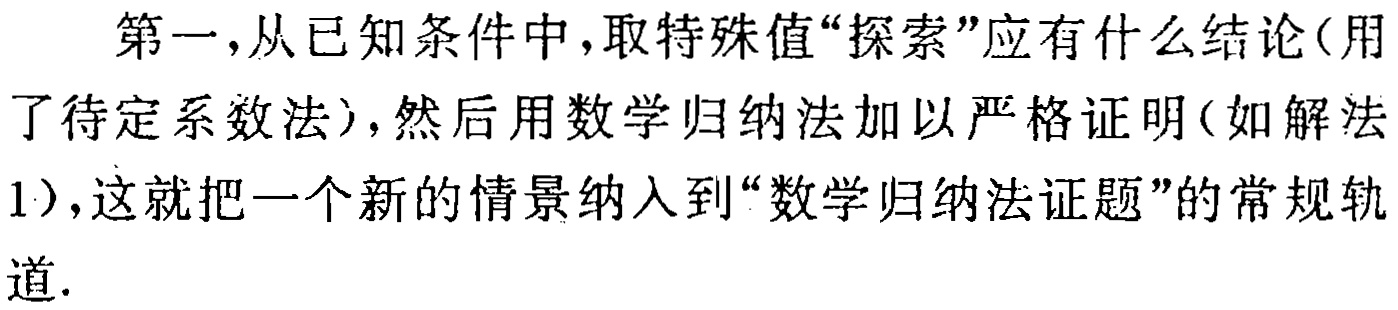
第一，从已知条件中，取特殊值“探索”应有什么结论(用了待定系数法)，然后用数学归纳法加以严格证明(如解法1)，这就把一个新的情景纳入到“数学归纳法证题”的常规轨道.